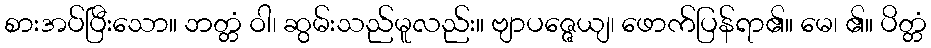
စားအပ်ပြီးသော။ ဘတ္တံ ဝါ၊ ဆွမ်းသည်မူလည်း။ ဗျာပဇ္ဇေယျ၊ ဖောက်ပြန်ရာ၏။ မေ၊ ၏။ ပိတ္တံ